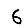
Digit: 6